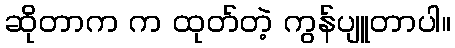
ဆိုတာက က ထုတ်တဲ့ ကွန်ပျူတာပါ။